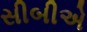
સીબીએ